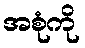
အစုံကို